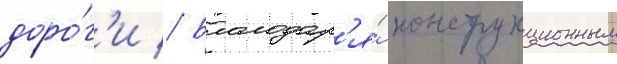
доро́г'и // Благодар'я́ конструкционным